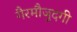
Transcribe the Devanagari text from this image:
गैरमौजुदगी